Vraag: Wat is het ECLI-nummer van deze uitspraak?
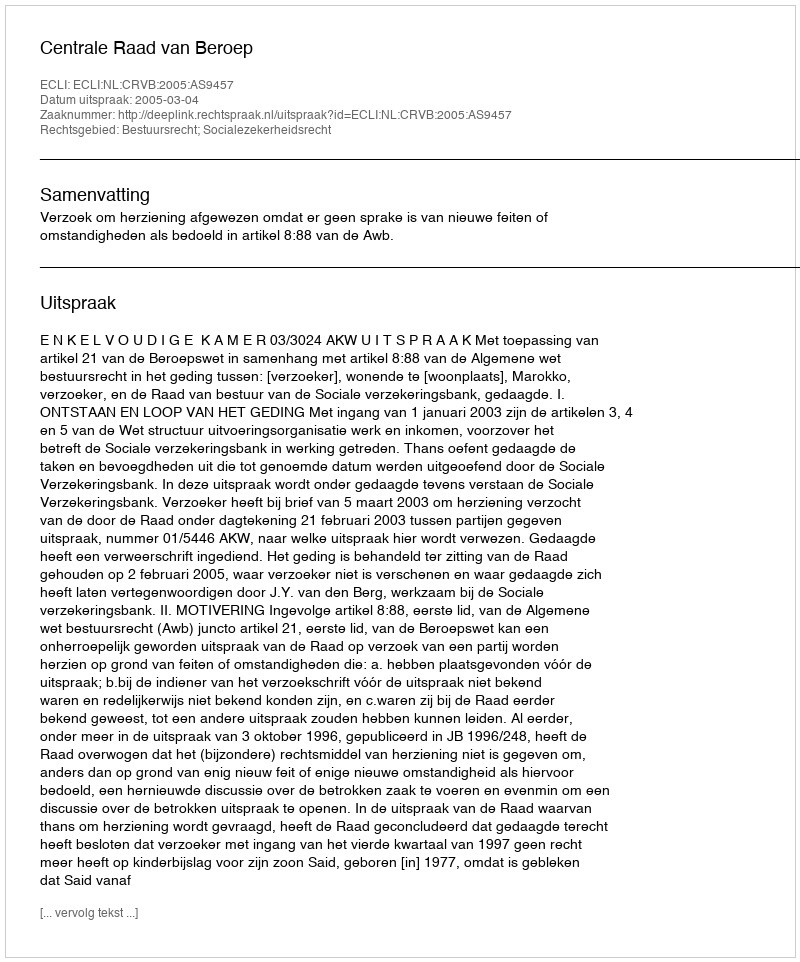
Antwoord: ECLI:NL:CRVB:2005:AS9457